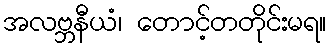
အလဗ္ဘနီယံ၊ တောင့်တတိုင်းမရ။